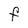
Character: F